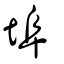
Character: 埠